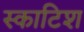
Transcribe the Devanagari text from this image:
स्‍काटिश